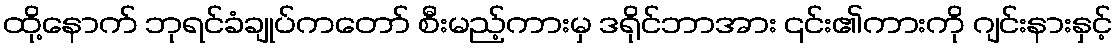
ထို့နောက် ဘုရင်ခံချုပ်ကတော် စီးမည့်ကားမှ ဒရိုင်ဘာအား ၎င်း၏ကားကို ဂျင်းနားနှင့်